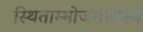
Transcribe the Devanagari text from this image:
स्थिताम्भोजमध्यस्थं